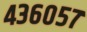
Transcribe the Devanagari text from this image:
४३६०५७